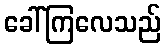
ခေါ်ကြလေသည်